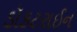
ડૉકટરાઈન